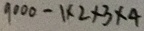
9 0 0 0 - 1 \times 2 \times 2 \times 3 \times 4